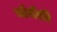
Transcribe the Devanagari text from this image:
चोरोंकी